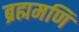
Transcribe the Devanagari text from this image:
ब्रह्ममणि